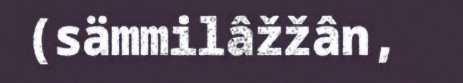
(sämmilâžžân,